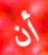
أن